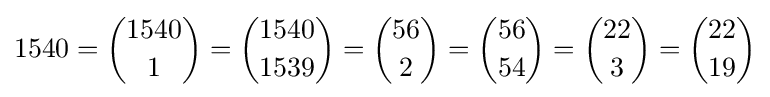
1540={1540 \choose 1}={1540 \choose 1539}={56 \choose 2}={56 \choose 54}={22 \choose 3}={22 \choose 19}